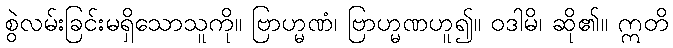
စွဲလမ်းခြင်းမရှိသောသူကို။ ဗြာဟ္မဏံ၊ ဗြာဟ္မဏဟူ၍။ ဝဒါမိ၊ ဆို၏။ ဣတိ